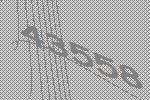
43558